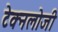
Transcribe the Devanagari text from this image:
टेक्नलोजी